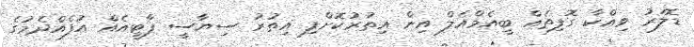
ޑޮލަރު ވިއްކާ ގޮފިތައް ބީއެމްއެލް އިން އިތުރުކޮށްފި އިތުރު ސިޔާސީ ޕާޓީއެއް އުފެއްދެމުގެ